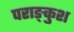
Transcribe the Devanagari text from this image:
पराङ्कुश